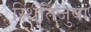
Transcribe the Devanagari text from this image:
स्थितिजुषां